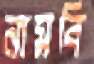
নামবি